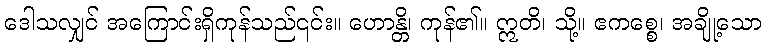
ဒေါသလျှင် အကြောင်းရှိကုန်သည်၎င်း။ ဟောန္တိ၊ ကုန်၏။ ဣတိ၊ သို့။ ဧကစ္စေ၊ အချို့သော